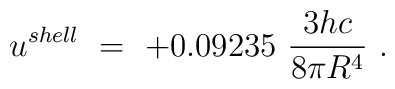
u^{shell}\ =\ +0.09235\ \frac{3 hc}{8\pi R^4}\ .